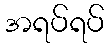
အရပ်ရပ်